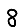
Digit: 8